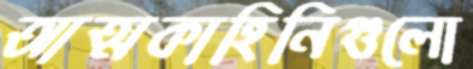
আত্মকাহিনিগুলো